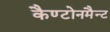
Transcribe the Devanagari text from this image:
कैण्टोनमैन्ट